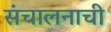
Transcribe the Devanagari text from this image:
संचालनाची